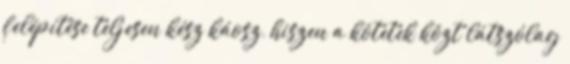
felépítése teljesen kész káosz, hiszen a kötetek közt látszólag